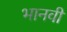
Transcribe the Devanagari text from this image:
भानवी